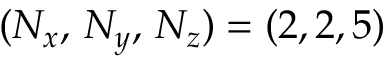
( N _ { x } , \, N _ { y } , \, N _ { z } ) = ( 2 , 2 , 5 )